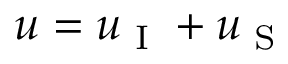
u = u _ { \textup { I } } + u _ { \textup { S } }